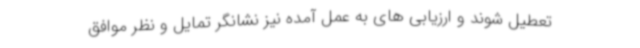
تعطیل شوند و ارزیابی های به عمل آمده نیز نشانگر تمایل و نظر موافق